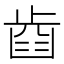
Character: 𣦋